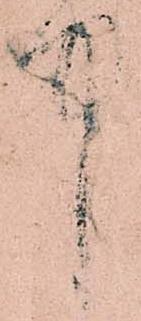
中